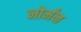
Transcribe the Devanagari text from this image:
नोर्मंन